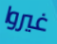
غيروا